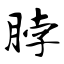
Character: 脖